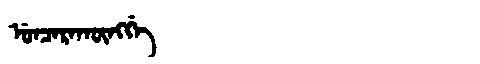
Manchu: ᡠᠨᠴᠠᡵᠠᡴᡡᠩᡤᡝ
Romanization: UNCARAKŪNGGE